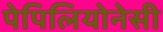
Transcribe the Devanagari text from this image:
पेपिलियोनेसी